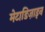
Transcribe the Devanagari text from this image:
मेटाडिज़ाइन